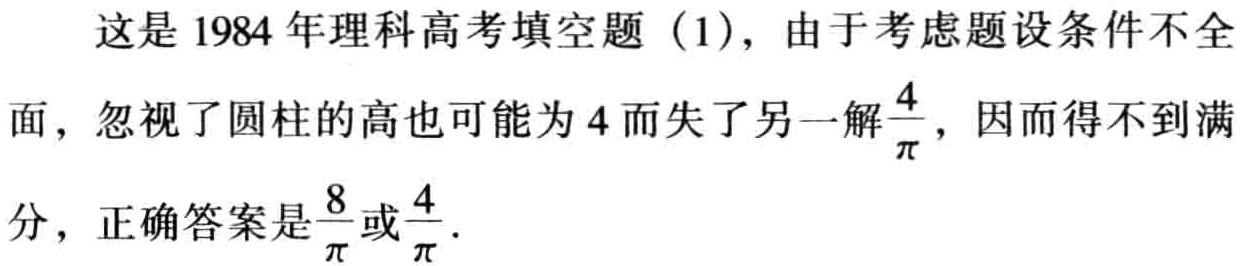
这是1984年理科高考填空题（1），由于考虑题设条件不全面，忽视了圆柱的高也可能为4而失了另一解$\frac{4}{\pi}$，因而得不到满分，正确答案是$\frac{8}{\pi}$或$\frac{4}{\pi}$.